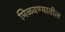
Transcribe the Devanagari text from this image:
मिळवण्यातील